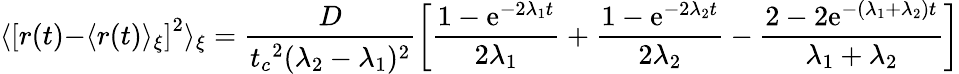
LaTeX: {\langle}\left[r(t){-}\langle r(t)\rangle_{\xi}\right]^{2}\rangle_{\xi}=\frac{D}{{t_{c}}^{2}(\lambda_{2}-\lambda_{1})^{2}}\left[\frac{1-{\mathrm{e}}^{-2{\lambda_{1}}t}}{2{\lambda_{1}}}+\frac{1-{\mathrm{e}}^{-2{\lambda_{2}}t}}{2{\lambda_{2}}}-\frac{2-2{\mathrm{e}}^{-{(\lambda_{1}+\lambda_{2})}t}}{{\lambda_{1}}+\lambda_{2}}\right]